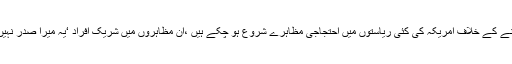
ڈونلڈ ٹرمپ کے منتخب ہونے کے خلاف امریکہ کی کئی ریاستوں میں احتجاجی مظاہرے شروع ہو چکے ہیں ،ان مظاہروں میں شریک افراد ‘یہ میرا صدر نہیں’ کے نعرے لگا رہے ہیں۔